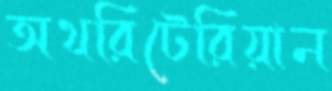
অথরিটেরিয়ান